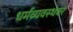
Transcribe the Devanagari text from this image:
धर्मव्यवस्थेवर